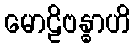
မောဠိဗန္ဓာဟိ